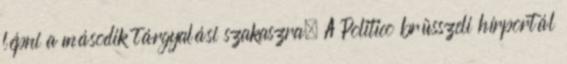
lépni a második tárgyalási szakaszra. A Politico brüsszeli hírportál